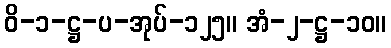
ဝိ-၁-ဋ္ဌ-ပ-အုပ်-၁၂၅။ အံ-၂-ဋ္ဌ-၁၀။